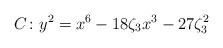
LaTeX: \begin{align*}C\colon y^2 = x^6-18\zeta_3x^3-27\zeta_3^2\end{align*}